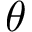
\theta